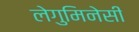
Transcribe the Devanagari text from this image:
लेगुमिनेसी